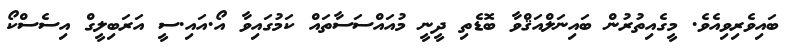
ބައިވެރިވިއެވެ. މީގެއިތުރުން ބައިނަލްއަޤްވާ ބޮޑެތި ދީނީ މުއައްސަސާތައް ކަމުގައިވާ އޯ.އައި.ސީ އަރަބިލީގް އިސެސްކޯ